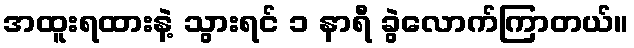
အထူးရထားနဲ့ သွားရင် ၁ နာရီ ခွဲလောက်ကြာတယ်။